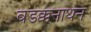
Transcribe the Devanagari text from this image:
वडक्कनाथन